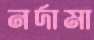
নর্দামা